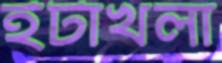
ইটাখলা